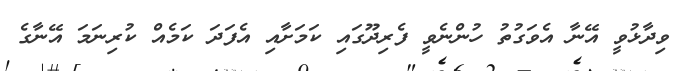
ވިދާޅުވީ އޭނާ އެވަގުތު ހުންނެވީ ފެރިދޫގައި ކަމަށާއި އެފަދަ ކަމެއް ކުރިނަމަ އޭނާގެ